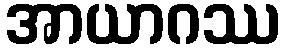
အာယာဂဿ